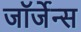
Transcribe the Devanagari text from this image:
जॉर्जेन्स